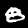
Digit: 8